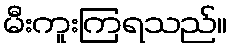
မီးကူးကြရသည်။